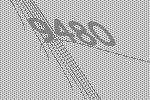
9480